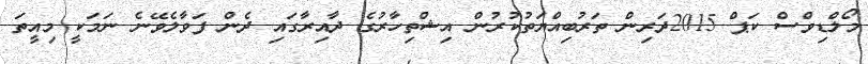
މޯލްޑިވްސް ކަޕް 2015ދަރިން ތަރުބިއްޔަތުކުރުން އިޝްތިހާރުގެ ދާއިރާގައި ދެން ފަވާލެވޭނެ ނަމަކީ މިއީތަ